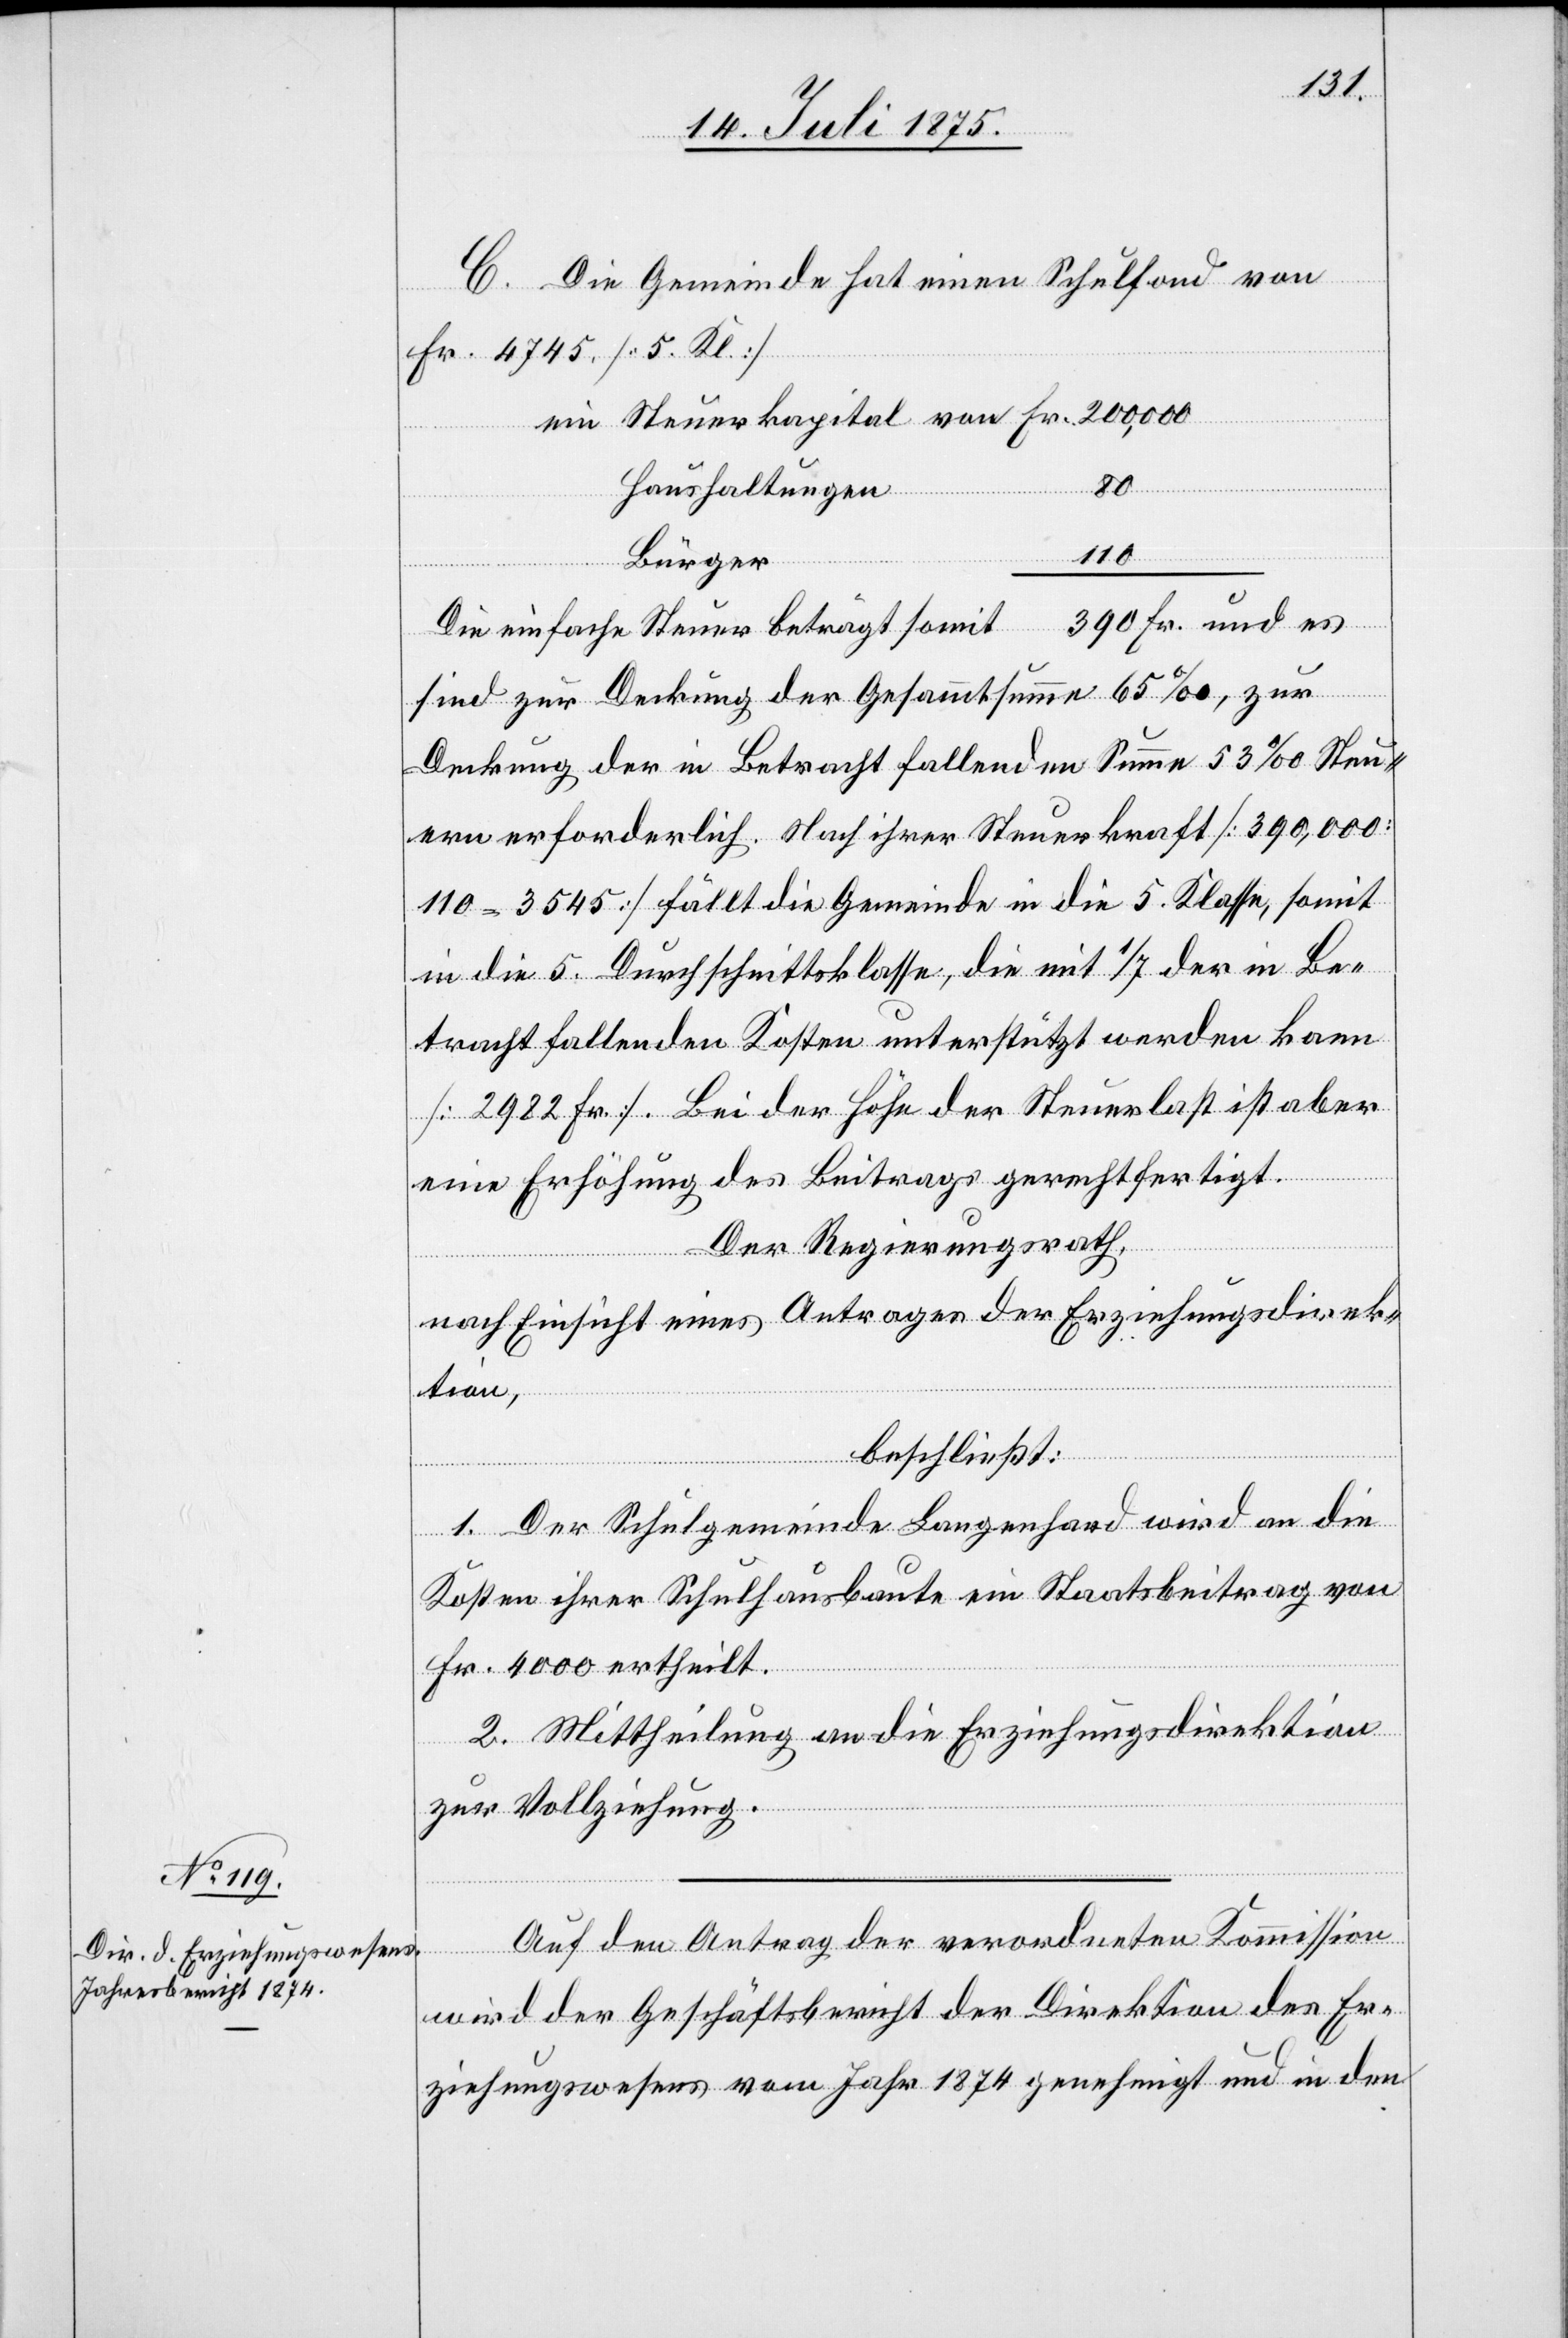
C. Die Gemeinde hat einen Schulfond von
Fr. 4745. [5. Kl.]
von
Haushaltungen
110
80
Bürger
390 Fr. und es
Die einfache Steuer beträgt somit
sind zur Deckung der Gesammtsumme 65‰, zur
Deckung der in Betracht fallenden Summe 53‰ Steu¬
ern erforderlich. Nach ihrer Steuerkraft [390,000
110 = 3545] fällt die Gemeinde in die 5. Klasse, somit
in die 5. Durchschnittsklasse, die mit 1/7 der in Be¬
tracht fallenden Kosten unterstützt werden kann
[2982 Fr.]. Bei der Höhe der Steuerlast ist aber
eine Erhöhung des Beitrags gerechtfertigt.
Der Regierungsrath,
nach Einsicht eines Antrages der Erziehungsdirek¬
tion,
beschließt:
1. Der Schulgemeinde Langenhard wird an die
Kosten ihrer Schulhausbaute ein Staatsbeitrag von
Fr. 4000 ertheilt.
2. Mittheilung an die Erziehungsdirektion
zur Vollziehung.
Auf den Antrag der verordneten Kommission
wird der Geschäftsbericht der Direktion des Er¬
ziehungswesens vom Jahr 1874 genehmigt und in den